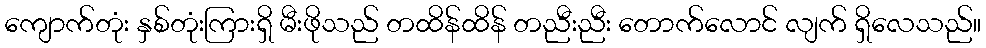
ကျောက်တုံး နှစ်တုံးကြားရှိ မီးဖိုသည် တထိန်ထိန် တညီးညီး တောက်လောင် လျက် ရှိလေသည်။